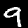
Label: 9